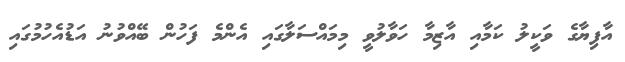
އާފިޔާގެ ވަކީލު ކަމާއި އާޒިމާ ހަވާލުވީ މިމައްސަލާގައި އެންމެ ފަހުން ބޭއްވުނު އަޑުއެހުމުގައި